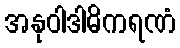
အနုဝါဒါဓိကရဏံ